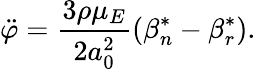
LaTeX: \ddot{\varphi}=\frac{3\rho\mu_{E}}{2a_{0}^{2}}\left(\beta_{n}^{*}-\beta_{r}^{*}\right).